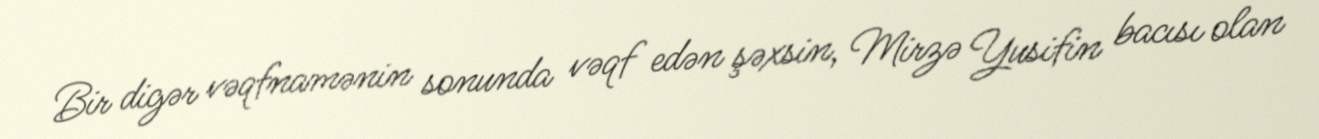
Bir digər vəqfnamənin sonunda vəqf edən şəxsin, Mirzə Yusifin bacısı olan